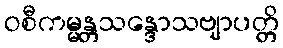
ဝစီကမ္မန္တသန္ဒောသဗျာပတ္တိ